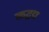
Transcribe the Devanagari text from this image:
क्तद्वद्म